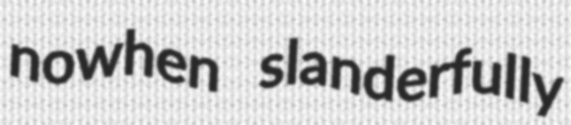
nowhen slanderfully